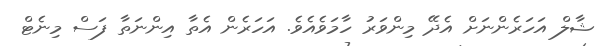
ޝާލް އަހަރެންނަށް އެދޭ މިންވަރު ހާމަވެއެވެ. އަހަރެން އެތާ އިންނަތާ ފަސް މިނެޓް